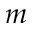
m